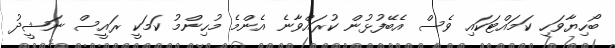
ބޯހިޔާވަހި ކަމައްޓަކައި ވެސް އެބޭފުޅުން ކުރައްވާނެ އެންމެ މުހިންމު ކަމަކީ ރައީސް ނަޝީދު